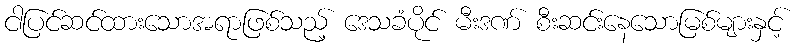
ငါပြင်ဆင်ထားသောအရာဖြစ်သည့် ဒေသခံပိုင် မီးဒဏ် စီးဆင်းနေသောမြစ်များနှင့်